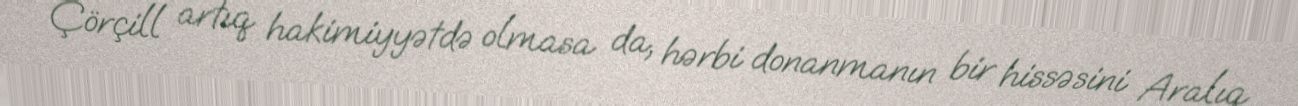
Çörçill artıq hakimiyyətdə olmasa da, hərbi donanmanın bir hissəsini Aralıq